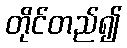
တိုင်တည်၍